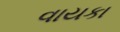
વાયકા